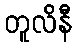
တူလိနီ